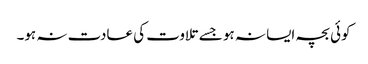
کوئی بچہ ایسا نہ ہو جسے تلاوت کی عادت نہ ہو۔